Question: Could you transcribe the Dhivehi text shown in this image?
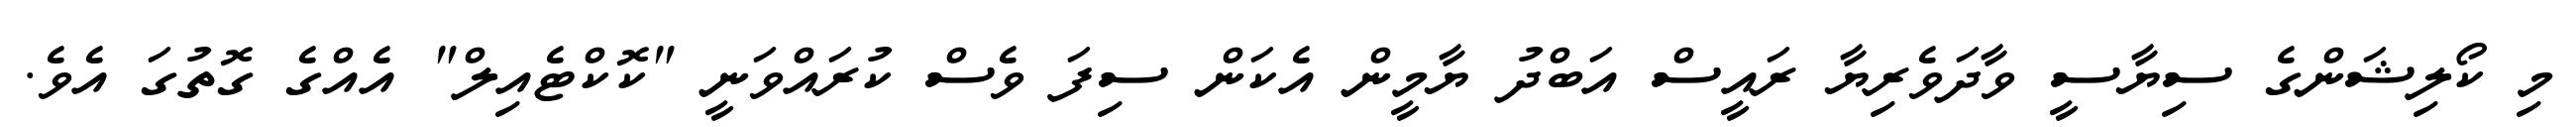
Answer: މި ކޯލިޝަންގެ ސިޔާސީ ވާދަވެރިޔާ ރައީސް އަބްދު ޔާމީން އެކަން ސިފަ ވެސް ކުރައްވަނީ "ކޮކްޓެއިލް" އެއްގެ ގޮތުގަ އެވެ.